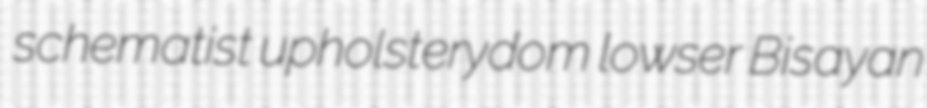
schematist upholsterydom lowser Bisayan